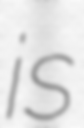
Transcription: is